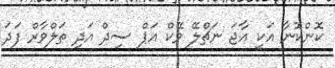
ކޮންކޮނާ އަކީ އާޖަ ނަޗްލޭ ވޭކް އަޕް ސިދް އަދި ތަލްވާރް ފަދަ